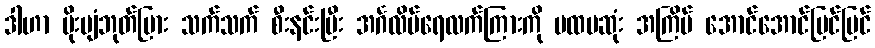
ဒါဟာ မိုးပျံဘုတ်ပြား သက်သက် စီးနင်းပြီး အင်္ဂလိပ်ရေလက်ကြားကို ပထမဆုံး အကြိမ် အောင်အောင်မြင်မြင်